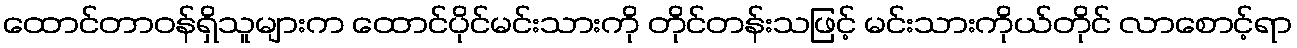
ထောင်တာဝန်ရှိသူများက ထောင်ပိုင်မင်းသားကို တိုင်တန်းသဖြင့် မင်းသားကိုယ်တိုင် လာစောင့်ရာ